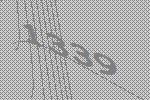
1339